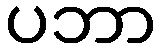
ပဘာ